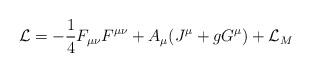
LaTeX: \begin{align*}{\cal L}=-\frac{1}{4}F_{\mu\nu}F^{\mu\nu}+ A_\mu(J^\mu + gG^\mu)+{\cal L}_M\end{align*}